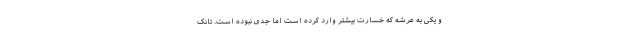
و یکی به عرشه که خسارت بیشتر وارد کرده است اما جدی نبوده است. تانک